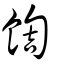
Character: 䭇